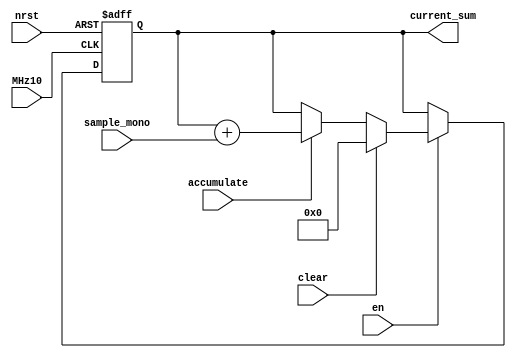
module accumulator (
	MHz10,
	nrst,
	en,
	clear,
	accumulate,
	sample_mono,
	current_sum
);
	reg _sv2v_0;
	input wire MHz10;
	input wire nrst;
	input wire en;
	input wire clear;
	input wire accumulate;
	input wire [8:0] sample_mono;
	output reg [15:0] current_sum;
	reg [15:0] next_sum;
	always @(posedge MHz10 or negedge nrst)
		if (!nrst)
			current_sum <= 0;
		else
			current_sum <= next_sum;
	always @(*) begin
		if (_sv2v_0)
			;
		next_sum = current_sum;
		if (en) begin
			if (clear)
				next_sum = 0;
			else if (accumulate)
				next_sum = current_sum + {7'b0000000, sample_mono};
		end
	end
	initial _sv2v_0 = 0;
endmodule